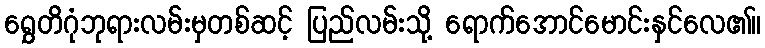
ရွှေတိဂုံဘုရားလမ်းမှတစ်ဆင့် ပြည်လမ်းသို့ ရောက်အောင်မောင်းနှင်လေ၏။